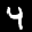
Label: 4